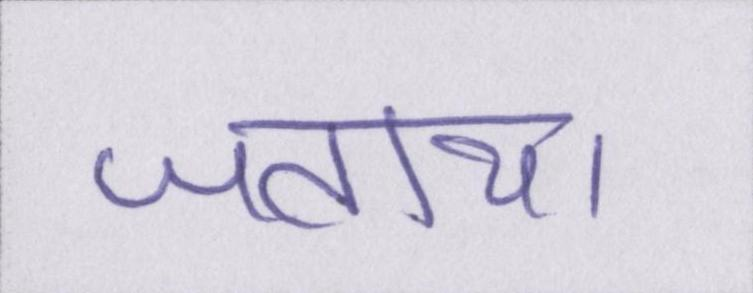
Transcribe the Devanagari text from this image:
जताया